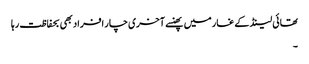
تھائی لینڈ کے غار میں پھنسے آخری چار افراد بھی بحفاظت رہا
۔